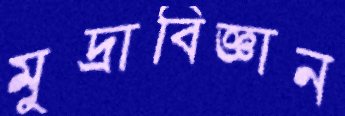
মুদ্রাবিজ্ঞান